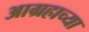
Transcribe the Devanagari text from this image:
आग्रहाच्या